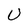
Character: U